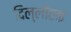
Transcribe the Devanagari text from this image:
दिल्लीएक